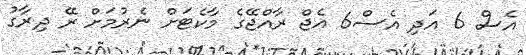
އެސް 6 އަދި އެސް6 އެޖް ރާއްޖޭގެ މާކެޓަށް ނެރުމަށް ރޭ ދިރާގު